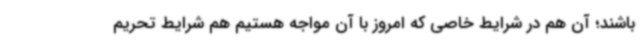
باشند؛ آن هم در شرایط خاصی که امروز با آن مواجه هستیم هم شرایط تحریم